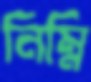
নিম্নি